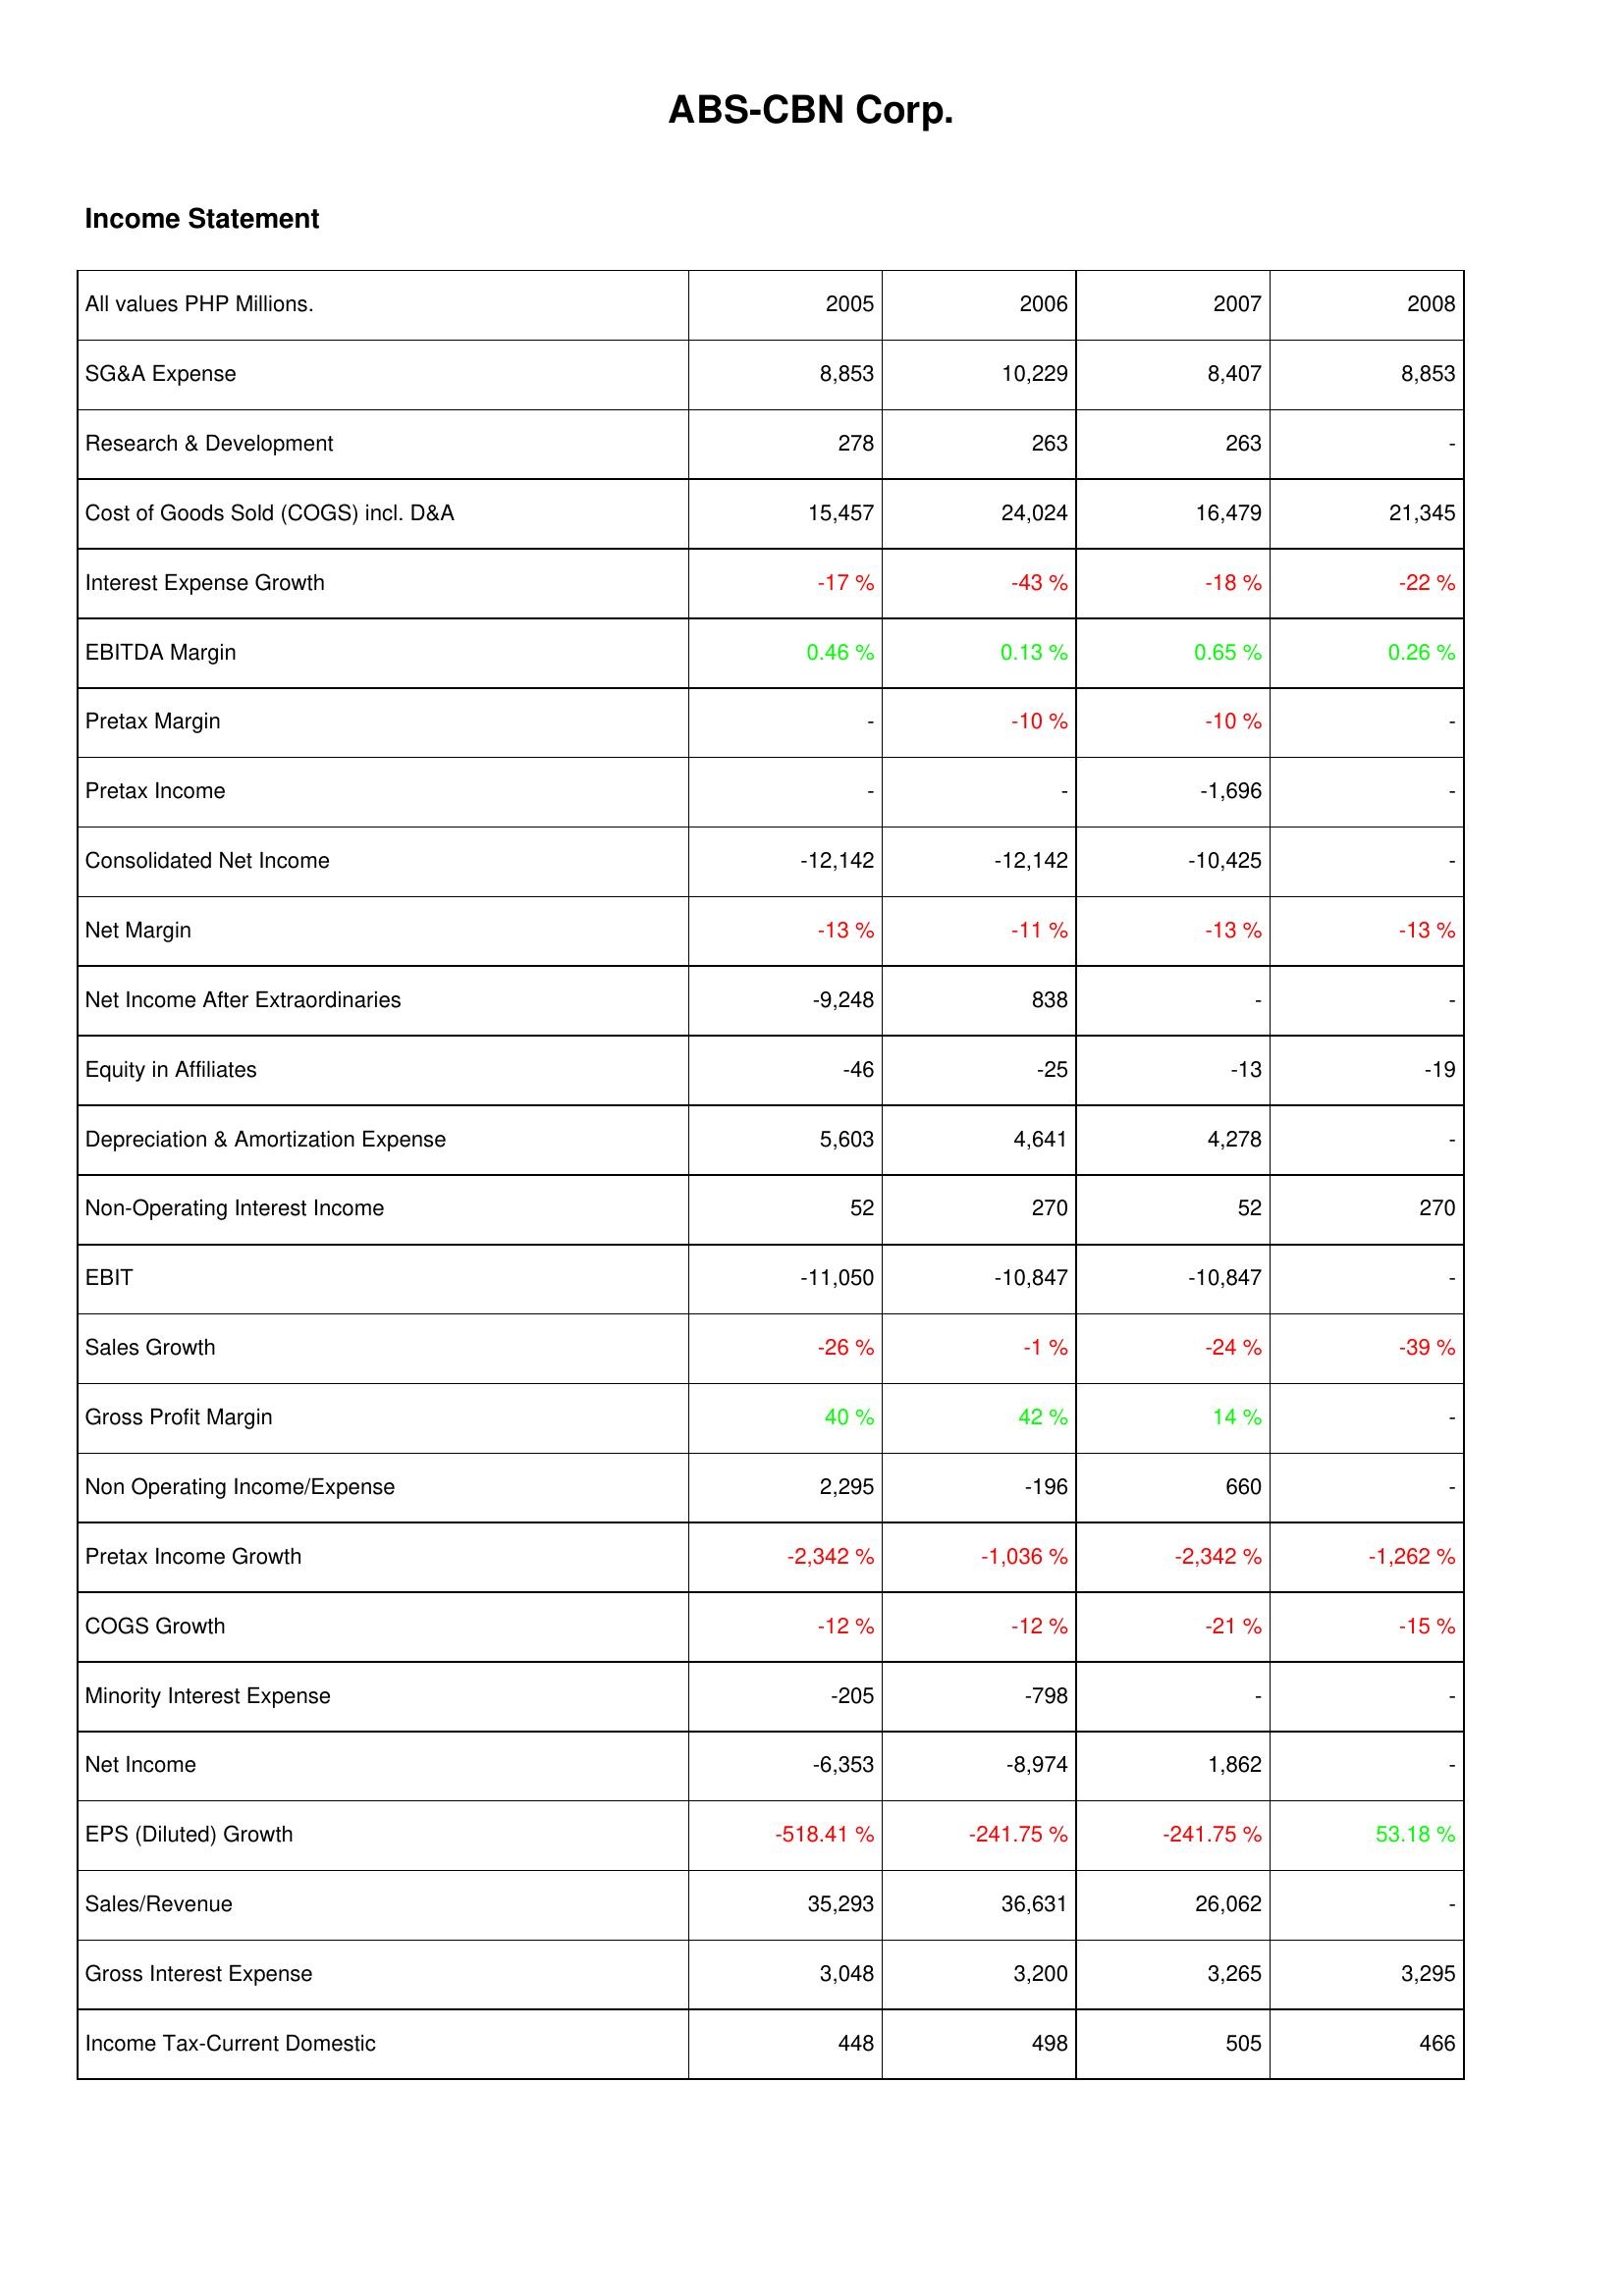
2005: Income Statement: SG&A Expense: 8,853
Research & Development: 278
Cost of Goods Sold (COGS) incl. D&A: 15,457
Interest Expense Growth: -17 %
EBITDA Margin: 0.46 %
Pretax Margin: -
Pretax Income: -
Consolidated Net Income: -12,142
Net Margin: -13 %
Net Income After Extraordinaries: -9,248
Equity in Affiliates: -46
Depreciation & Amortization Expense: 5,603
Non-Operating Interest Income: 52
EBIT: -11,050
Sales Growth: -26 %
Gross Profit Margin: 40 %
Non Operating Income/Expense: 2,295
Pretax Income Growth: -2,342 %
COGS Growth: -12 %
Minority Interest Expense: -205
Net Income: -6,353
EPS (Diluted) Growth: -518.41 %
Sales/Revenue: 35,293
Gross Interest Expense: 3,048
Income Tax-Current Domestic: 448
2006: Income Statement: SG&A Expense: 10,229
Research & Development: 263
Cost of Goods Sold (COGS) incl. D&A: 24,024
Interest Expense Growth: -43 %
EBITDA Margin: 0.13 %
Pretax Margin: -10 %
Pretax Income: -
Consolidated Net Income: -12,142
Net Margin: -11 %
Net Income After Extraordinaries: 838
Equity in Affiliates: -25
Depreciation & Amortization Expense: 4,641
Non-Operating Interest Income: 270
EBIT: -10,847
Sales Growth: -1 %
Gross Profit Margin: 42 %
Non Operating Income/Expense: -196
Pretax Income Growth: -1,036 %
COGS Growth: -12 %
Minority Interest Expense: -798
Net Income: -8,974
EPS (Diluted) Growth: -241.75 %
Sales/Revenue: 36,631
Gross Interest Expense: 3,200
Income Tax-Current Domestic: 498
2007: Income Statement: SG&A Expense: 8,407
Research & Development: 263
Cost of Goods Sold (COGS) incl. D&A: 16,479
Interest Expense Growth: -18 %
EBITDA Margin: 0.65 %
Pretax Margin: -10 %
Pretax Income: -1,696
Consolidated Net Income: -10,425
Net Margin: -13 %
Net Income After Extraordinaries: -
Equity in Affiliates: -13
Depreciation & Amortization Expense: 4,278
Non-Operating Interest Income: 52
EBIT: -10,847
Sales Growth: -24 %
Gross Profit Margin: 14 %
Non Operating Income/Expense: 660
Pretax Income Growth: -2,342 %
COGS Growth: -21 %
Minority Interest Expense: -
Net Income: 1,862
EPS (Diluted) Growth: -241.75 %
Sales/Revenue: 26,062
Gross Interest Expense: 3,265
Income Tax-Current Domestic: 505
2008: Income Statement: SG&A Expense: 8,853
Research & Development: -
Cost of Goods Sold (COGS) incl. D&A: 21,345
Interest Expense Growth: -22 %
EBITDA Margin: 0.26 %
Pretax Margin: -
Pretax Income: -
Consolidated Net Income: -
Net Margin: -13 %
Net Income After Extraordinaries: -
Equity in Affiliates: -19
Depreciation & Amortization Expense: -
Non-Operating Interest Income: 270
EBIT: -
Sales Growth: -39 %
Gross Profit Margin: -
Non Operating Income/Expense: -
Pretax Income Growth: -1,262 %
COGS Growth: -15 %
Minority Interest Expense: -
Net Income: -
EPS (Diluted) Growth: 53.18 %
Sales/Revenue: -
Gross Interest Expense: 3,295
Income Tax-Current Domestic: 466